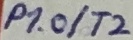
Text: P1.0/T2